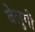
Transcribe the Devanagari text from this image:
बेलुगी